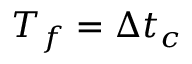
T _ { f } = \Delta t _ { c }